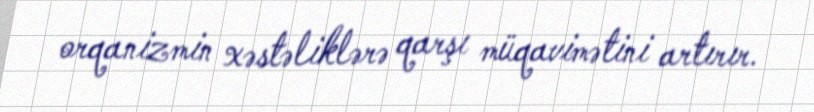
orqanizmin xəstəliklərə qarşı müqavimətini artırır.